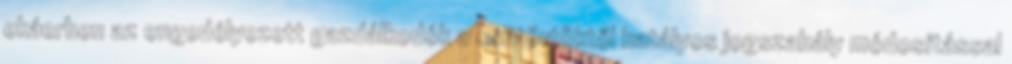
ekáerben az engedélyezett gazdálkodók a csütörtöktől hatályos jogszabály módosítással